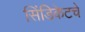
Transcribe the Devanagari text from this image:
सिंडिकेटचे